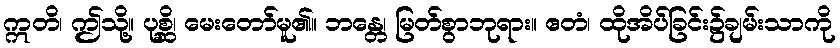
ဣတိ၊ ဤသို့။ ပုစ္ဆိ၊ မေးတော်မူ၏။ ဘန္တေ၊ မြတ်စွာဘုရား။ ဧတံ၊ ထိုအိပ်ခြင်း၌ချမ်းသာကို